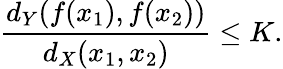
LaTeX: {\frac{d_{Y}(f(x_{1}),f(x_{2}))}{d_{X}(x_{1},x_{2})}}\leq K.